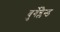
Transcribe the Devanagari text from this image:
बुर्गेन्लैन्ड